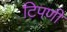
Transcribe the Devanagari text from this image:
टिपणी